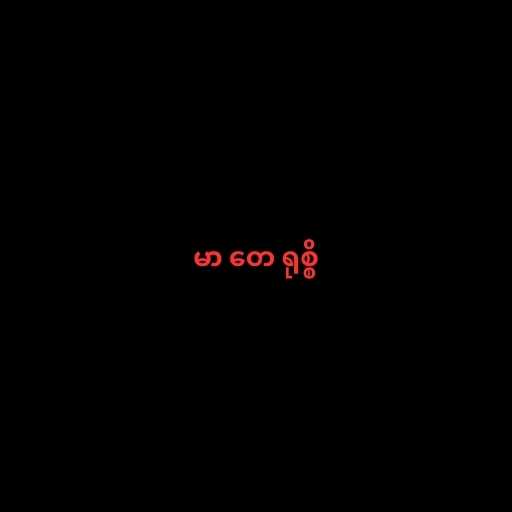
မာ တေ ရုစ္စိ